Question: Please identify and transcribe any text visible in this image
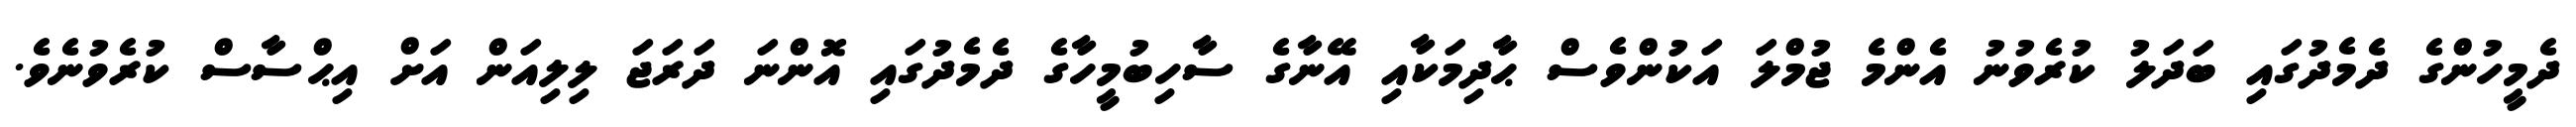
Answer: ދެމީހުންގެ ދެމެދުގައި ބަދަލު ކުރެވުނު އެންމެ ޖުމްލަ އަކުންވެސް ޙާދިމަކާއި އޭނާގެ ސާހިބުމީހާގެ ދެމެދުގައި އޮންނަ ދަރަޖަ ލިލިއަން އަށް އިޙްސާސް ކުރެވުނެވެ.